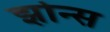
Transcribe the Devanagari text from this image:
झोन्स